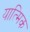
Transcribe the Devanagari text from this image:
यात्मिक